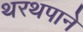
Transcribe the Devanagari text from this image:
थरथपाने